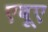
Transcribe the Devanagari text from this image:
एबूए